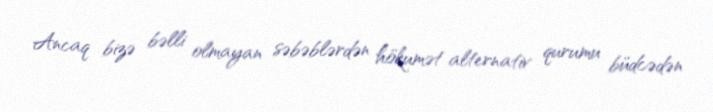
Ancaq bizə bəlli olmayan səbəblərdən hökumət alternativ qurumu büdcədən